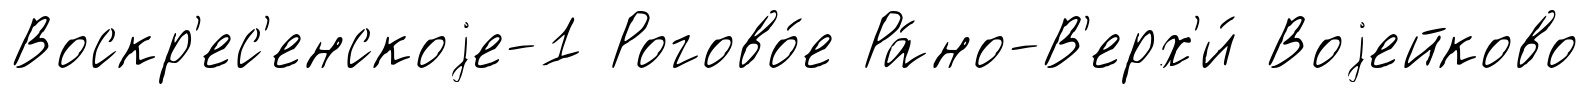
Воскр'ес'енскоjе-1 Рогово́е Ра́но-В'ерх'и́ Воjейково